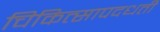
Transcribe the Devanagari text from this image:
चिकित्सापदधती